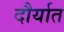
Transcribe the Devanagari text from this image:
दौर्यात